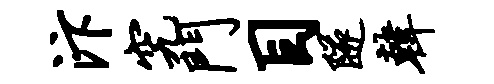
汴究门目隧韩